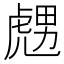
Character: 𧇙